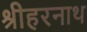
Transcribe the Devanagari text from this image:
श्रीहरनाथ